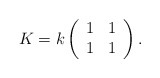
\begin{align*}K=k\left(\begin{array}{cc}1 & 1 \\ 1 & 1 \end{array}\right).\end{align*}